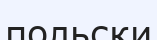
польски